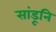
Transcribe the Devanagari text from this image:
सांडूनि